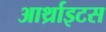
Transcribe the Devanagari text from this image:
आर्थ्राइटस